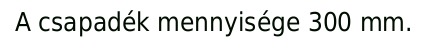
A csapadék mennyisége 300 mm.